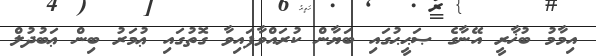
އިމާމު ބުޚާރީ އޭނާގެ ޞަޙީޙުގައި ބަޔާން ކުރައްވާފައިވާ ގޮތުގައި ޢުމަރު ބިން ޢަބުދުލް